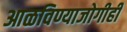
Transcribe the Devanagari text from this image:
आळविण्याजोगीही